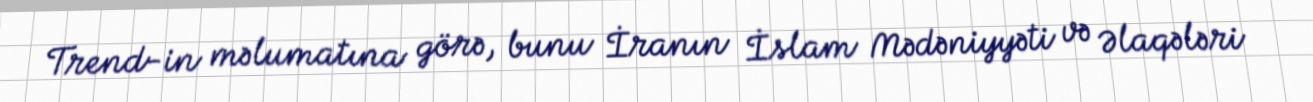
Trend-in məlumatına görə, bunu İranın İslam Mədəniyyəti və Əlaqələri